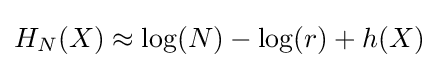
H_{N}(X)\approx \log(N)-\log(r)+h(X)